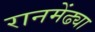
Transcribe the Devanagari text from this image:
रानमेंढ्या